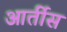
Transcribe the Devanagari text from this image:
आर्तीस